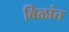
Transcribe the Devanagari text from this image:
बिळांत